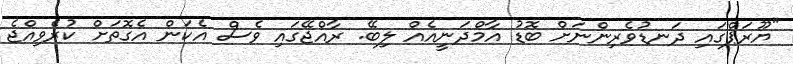
"ޔޫރަޕްގައި ދަނޑުވެރިންނަށް ބޮޑު އާމްދަނީއެއް ލިބޭ. ރާއްޖޭގައި ވެސް އެކަން އެގޮތަށް ކުރެވިއްޖެ